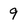
Character: 9